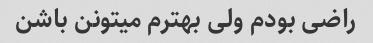
راضی بودم ولی بهترم میتونن باشن